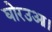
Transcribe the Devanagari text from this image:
घोरउआ।